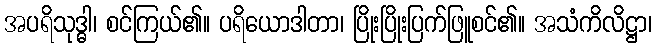
အပရိသုဒ္ဓါ၊ စင်ကြယ်၏။ ပရိယောဒါတာ၊ ပြိုးပြိုးပြက်ဖြူစင်၏။ အသံကိလိဋ္ဌာ၊